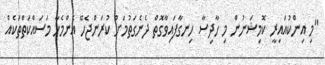
"މި އިންކުއައިރީ ކޮމިޝަނުން މި ހާދިސާ ހިނގާފައިވާގޮތް ދެނެގަތުމަށް ކުރަންޖެހޭ އެންމެހާ މަސައްކަތްތަކެއް